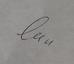
Signature authenticity: genuine